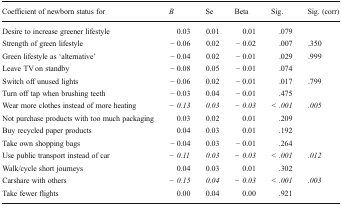
<table><thead><tr><td><b>Coefficient of newborn status for</b></td><td><b><i>B</i></b></td><td><b>Se</b></td><td><b>Beta</b></td><td><b>Sig.</b></td><td><b>Sig. (corr)</b></td></tr></thead><tbody><tr><td>Desire to increase greener lifestyle</td><td>0.03</td><td>0.01</td><td>0.01</td><td>.079</td><td></td></tr><tr><td>Strength of green lifestyle</td><td>− 0.06</td><td>0.02</td><td>− 0.02</td><td>.007</td><td>.350</td></tr><tr><td>Green lifestyle as ‘alternative’</td><td>− 0.04</td><td>0.02</td><td>− 0.01</td><td>.029</td><td>.999</td></tr><tr><td>Leave TV on standby</td><td>− 0.08</td><td>0.05</td><td>− 0.01</td><td>.074</td><td></td></tr><tr><td>Switch off unused lights</td><td>− 0.06</td><td>0.02</td><td>− 0.01</td><td>.017</td><td>.799</td></tr><tr><td>Turn off tap when brushing teeth</td><td>− 0.03</td><td>0.04</td><td>− 0.01</td><td>.475</td><td></td></tr><tr><td>Wear more clothes instead of more heating</td><td><i>− 0.13</i></td><td><i>0.03</i></td><td><i>− 0.03</i></td><td><i>&lt; .001</i></td><td><i>.005</i></td></tr><tr><td>Not purchase products with too much packaging</td><td>0.03</td><td>0.02</td><td>0.01</td><td>.209</td><td></td></tr><tr><td>Buy recycled paper products</td><td>0.04</td><td>0.03</td><td>0.01</td><td>.192</td><td></td></tr><tr><td>Take own shopping bags</td><td>− 0.04</td><td>0.03</td><td>− 0.01</td><td>.264</td><td></td></tr><tr><td>Use public transport instead of car</td><td><i>− 0.11</i></td><td><i>0.03</i></td><td><i>− 0.03</i></td><td><i>&lt; .001</i></td><td><i>.012</i></td></tr><tr><td>Walk/cycle short journeys</td><td>0.04</td><td>0.03</td><td>0.01</td><td>.302</td><td></td></tr><tr><td>Carshare with others</td><td><i>− 0.15</i></td><td><i>0.04</i></td><td><i>− 0.03</i></td><td><i>&lt; .001</i></td><td><i>.003</i></td></tr><tr><td>Take fewer flights</td><td>0.00</td><td>0.04</td><td>0.00</td><td>.921</td><td></td></tr></tbody></table>